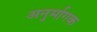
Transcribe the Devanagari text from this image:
अनुर्मागक